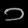
Digit: ၁